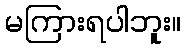
မကြားရပါဘူး။